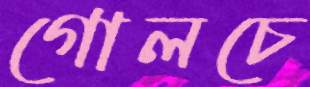
গোলচে